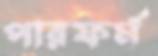
পারফর্ম